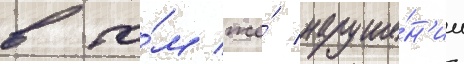
в то́м же́ наруше́н'ии